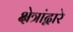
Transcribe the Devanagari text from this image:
क्षेत्रांद्वारे